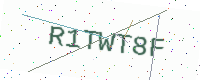
Text: R1TWT8F